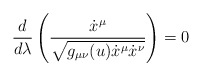
\begin{align*} \frac{d}{d\lambda} \left( \frac{\dot{x}^\mu}{\sqrt{g_{\mu\nu}(u) \dot{x}^\mu \dot{x}^\nu}} \right) = 0\end{align*}